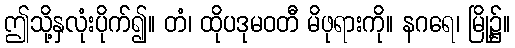
ဤသို့နှလုံးပိုက်၍။ တံ၊ ထိုပဒုမဝတီ မိဖုရားကို။ နဂရေ၊ မြို့၌။